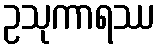
ဥသုကာရဿ